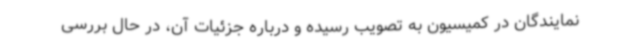
نمایندگان در کمیسیون به تصویب رسیده و درباره جزئیات آن، در حال بررسی